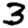
Digit: 3